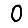
Digit: 0